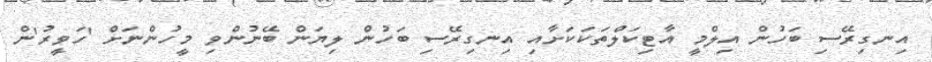
އިނގިރޭސި ބަހުން އިލްމީ އާޓިކަލްތަކަކަށާއި އިނގިރޭސި ބަހުން ލިޔަން ބޭނުންވި މީހުންނަށް 'ހަވީރު'ން